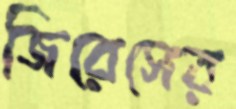
জিরেসের